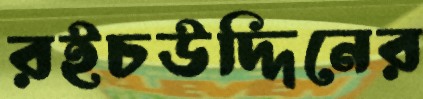
রইচউদ্দিনের